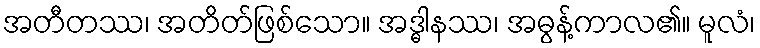
အတီတဿ၊ အတိတ်ဖြစ်သော။ အဒ္ဓါနဿ၊ အဓွန့်ကာလ၏။ မူလံ၊